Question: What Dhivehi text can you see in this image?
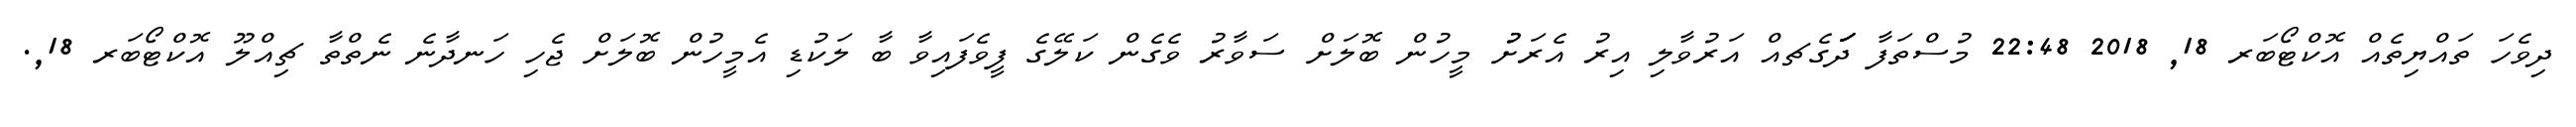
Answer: ދިވެހަ ތައްޔިތެއް އޮކްޓޯބަރ 18, 2018 22:48 މުސްތަފާ ދަަަަަަަގެޗއް އަރުވާލި އިރު އެރަށުު މީހުން ބޮލަށް ސަވާރު ވެގެން ކަލޭގެ ފީވެފައިވާ ބާ ލަކުޑި އެމީހުން ބޮލަށް ޖެހި ހަނދާނެ ނެތްތާ ޗިއްލޫ އޮކްޓޯބަރ 18,.